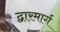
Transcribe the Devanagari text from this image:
द्वारमार्ग